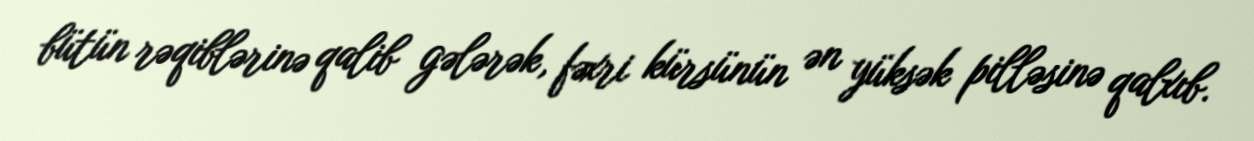
bütün rəqiblərinə qalib gələrək, fəxri kürsünün ən yüksək pilləsinə qalxıb.